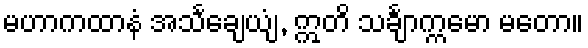
မဟာကထာနံ အသင်္ချေယျံ, ဣတိ သင်္ချာက္ကမော မတော။